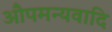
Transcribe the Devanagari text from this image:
औपमन्यवादि